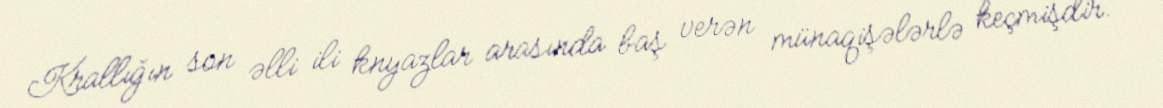
Krallığın son əlli ili knyazlar arasında baş verən münaqişələrlə keçmişdir.